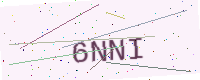
Text: 6NNI